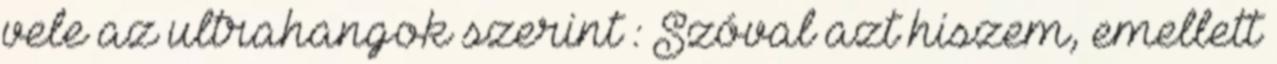
vele az ultrahangok szerint : Szóval azt hiszem, emellett